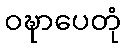
ဝဍ္ဎာပေတုံ